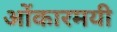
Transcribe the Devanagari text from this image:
ओंकारमयी